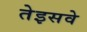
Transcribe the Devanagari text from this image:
तेइसवे